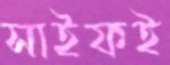
সাইফই